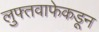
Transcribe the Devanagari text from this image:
लुफ्तवाफेकडून